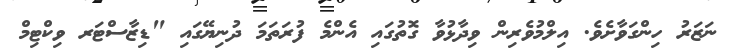
ނަޒަރު ހިންގަވާށެވެ. އިލްމުވެރިން ވިދާޅުވާ ގޮތުގައި އެންމެ ފުރަތަމަ ދުނިޔޭގައި "ޑިޒާސްޓަރ ވިކްޓިމް